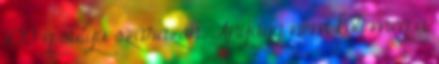
100 g súlyú szárazon. Anyaga nem köti meg a